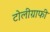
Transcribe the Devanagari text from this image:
टोलीग्राफी